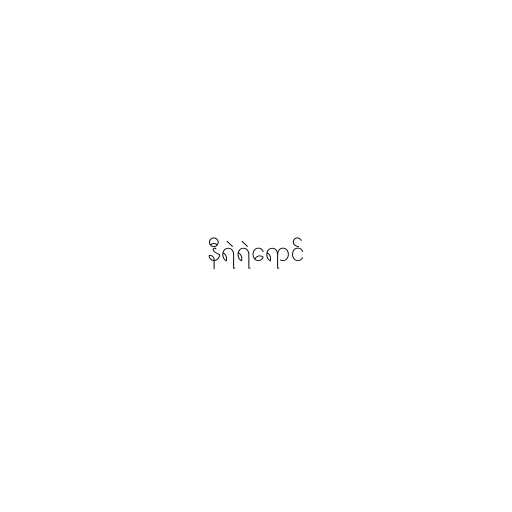
နီရဲရဲရောင်